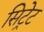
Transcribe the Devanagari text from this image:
सिट्रेट